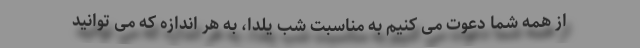
از همه شما دعوت می کنیم به مناسبت شب یلدا، به هر اندازه که می توانید